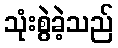
သုံးစွဲခဲ့သည်